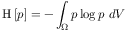
\mathrm { H } \left[ { p } \right] = - \int _ { \Omega } p \log p \ d V